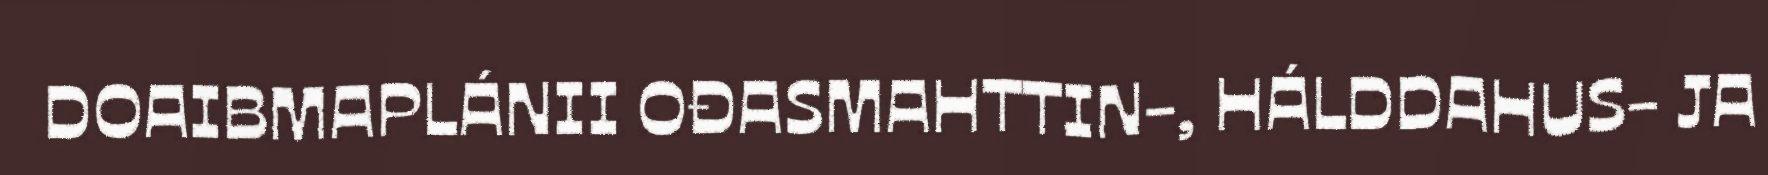
DOAIBMAPLÁNII OĐASMAHTTIN-, HÁLDDAHUS- JA